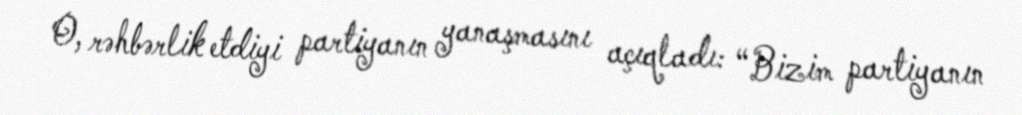
O, rəhbərlik etdiyi partiyanın yanaşmasını açıqladı: “Bizim partiyanın